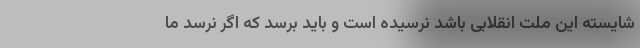
شایسته این ملت انقلابی باشد نرسیده است و باید برسد که اگر نرسد ما